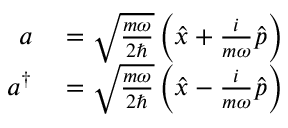
\begin{array} { r l } { a } & { { } = { \sqrt { \frac { m \omega } { 2 \hbar } } } \left( { \hat { x } } + { \frac { i } { m \omega } } { \hat { p } } \right) } \\ { a ^ { \dagger } } & { { } = { \sqrt { \frac { m \omega } { 2 \hbar } } } \left( { \hat { x } } - { \frac { i } { m \omega } } { \hat { p } } \right) } \end{array}